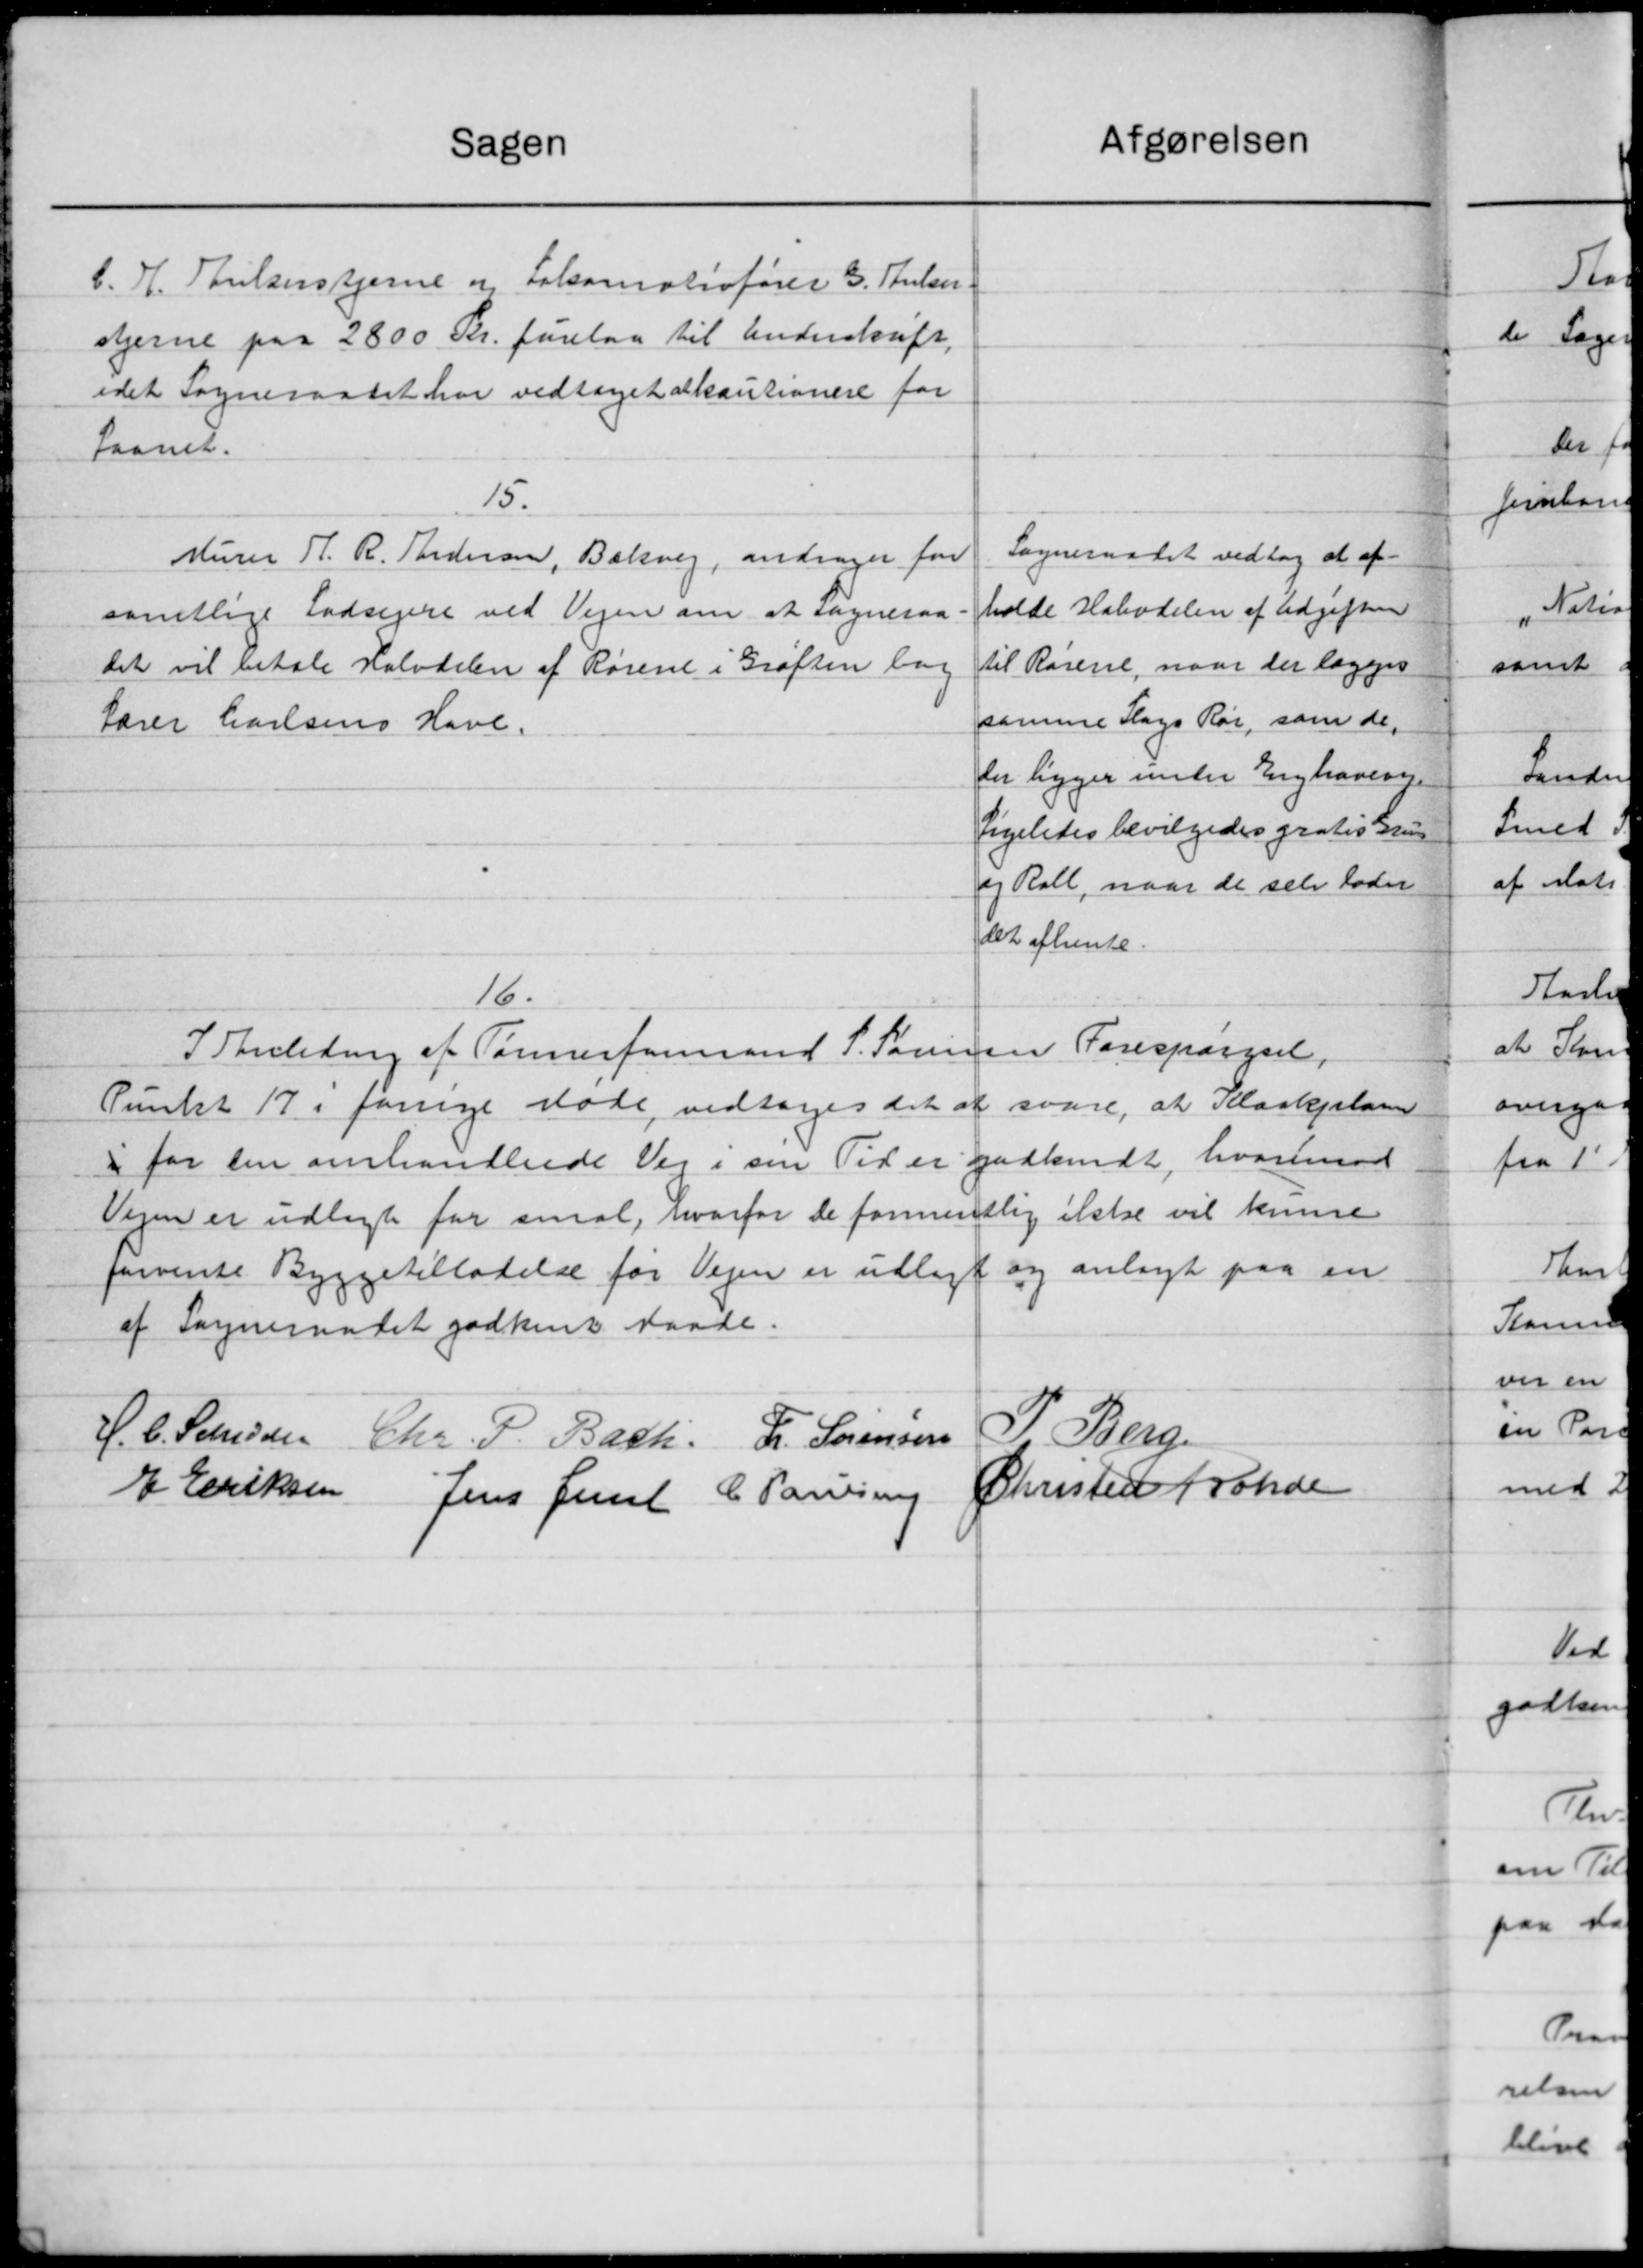
Transskription:
Afgørelsen
Sagen
b. H. Thielsenstjerne og Lokomotivfører G. Sulen-
stjerne paa 2800 Kr. forelaa til Underskrift,
idet Sogneraadet har vedtaget alkautionere for
faanet.
15.
Sogneraadet vedtog at af-
Murer H. R. Pedersen, Bækvej, andrager for
holde Halvdelen af Udgifter
samtlige Lodsejere ved Vejen om at Sogneraa-
til Rørene, naar der lægges
Det vil betale Halvdelen af Rørene i Grøften lag
samme Slags Rør, som de
Lærer Carlsens Have.
ler ligger under Enghaven.
Ligeledes bevilgedes gratis Gru
og Rall, naar de selv loder
det afhente.
16.
I Stenledning af Tønnerformand S. Sørensen Forespørgsel,
Punkt 17 i forrige Møde, vedtoges det at svare, at Kloakplan
i for den omhandlende Vej i sin Tid er godkendt, hvorimod
Vejen er udlagt for smal, hvorfor de formentlig ikke vil kunne
forvente Byggetilladelse for Vejen er udlagt og anlagt paa en
af Sogneraadet godkent Maade.
H. C. Schidsen
P. Berg
Chr. P. Bach. Fr. Sørensen
J Eriksen
Christen Brønde
Jens Jense C. Laursen